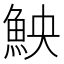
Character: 䱀